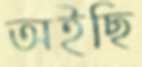
অইছি